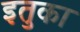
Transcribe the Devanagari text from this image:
इतुका